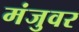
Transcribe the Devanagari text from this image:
मंजुवर